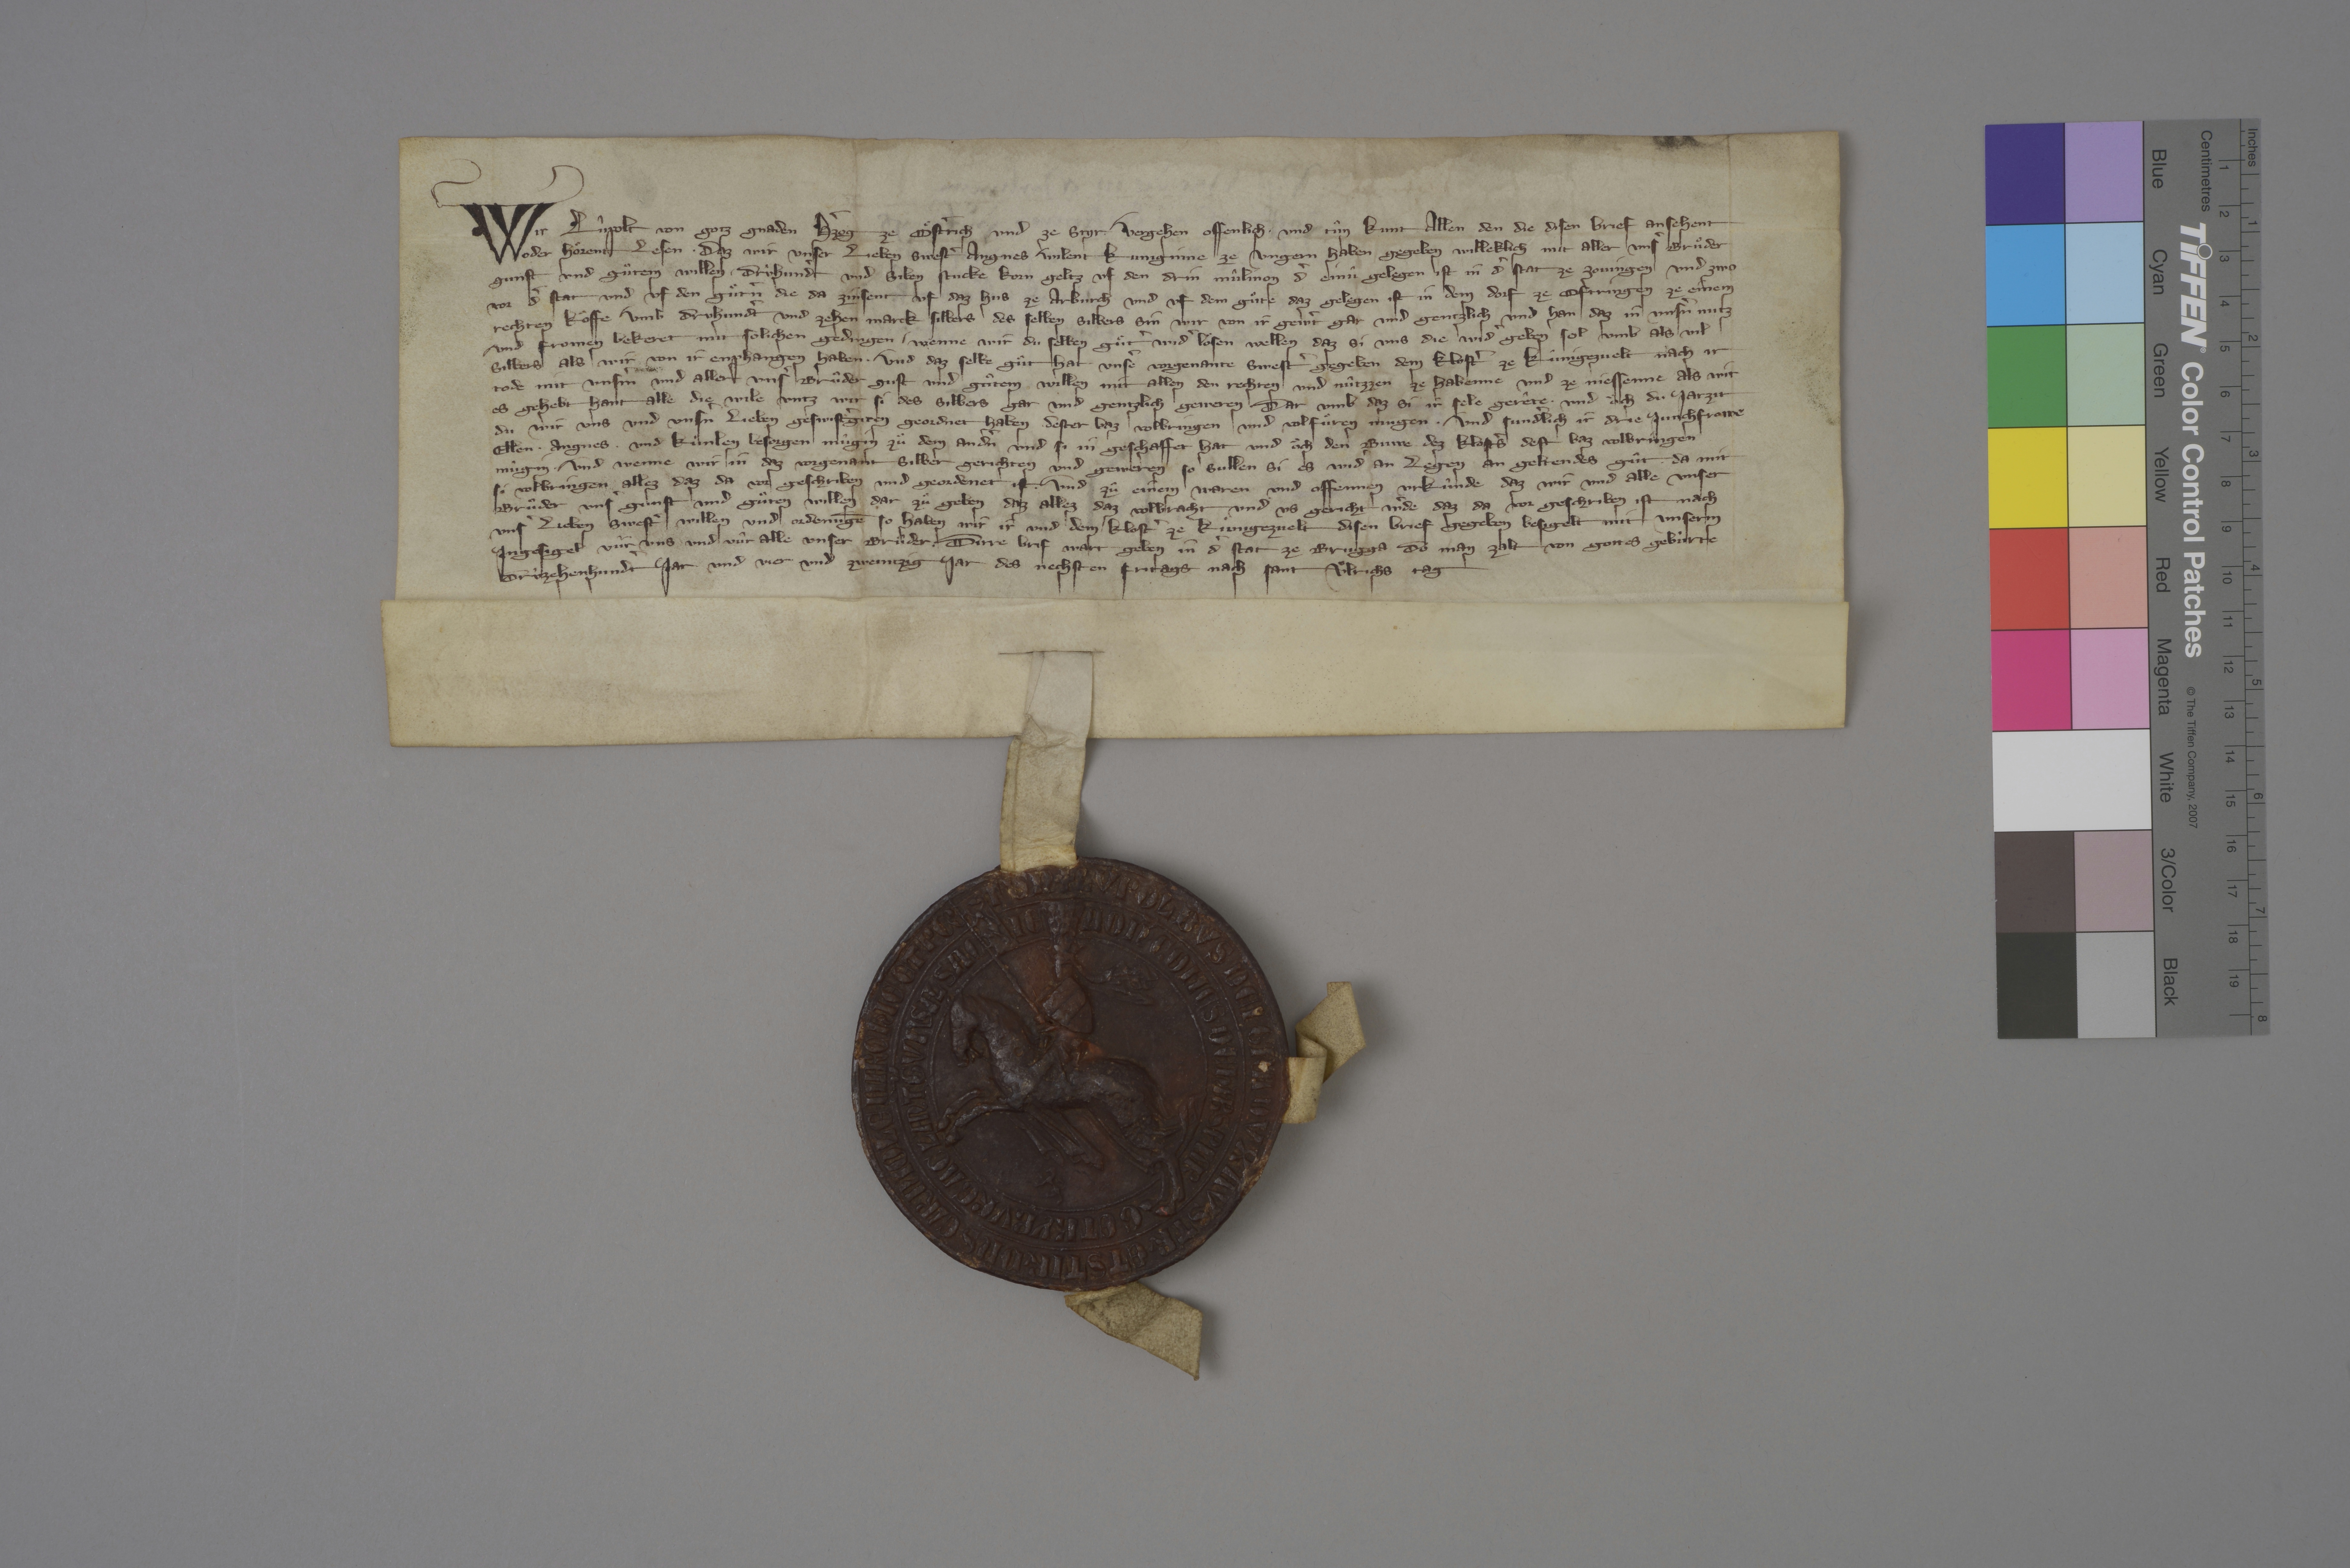
Wir, Lûpolt, von gotz gnaden hˀzog ze Oͤstˀrich und ze Styr, ✳ vergehen offenlich und tûn kunt allen den, die disen brief ansehent
oder hoͤrent lesen, ✳ daz wir unser lieben swestˀ Angnes, wilent kuniginne ze Ungern, haben gegeben willeklich mit aller unsˀ bruͦder
gunst und guͦten willen ✳ drùhundˀt und siben stucke korn geltz uf den drin mûlinon, dˀ einù gelegen ist in dˀ stat ze Zovingen und zwo
vor dˀ stat, und uf den guͦtˀn, die da zinsent uf daz hus ze Arburch und uf dem guͦte, daz gelegen ist in dem dorf ze Oftringen, ze einem
rechten koͧffe umb druhundˀt und zehen marck silbers. des selben silbers sin wir von ir gewˀt gar und gentzlich und han daz in unsˀn nutz
und fromen bekeret, mit solichen gedingen, ✳ wenne wir du selben guͤtˀ widˀ loͤsen wellen, daz si uns die widˀ geben sol umb als vil
silbers, als wir von ir enphangen haben. ✳ und daz selbe guͦt hat unseˀ vorgenante swestˀ gegeben dem klostˀ ze Kûnigezvelt nach ir
tode mit unsˀm und aller unsˀ bruͦder gust und guͦtem willen, mit allen den rechten und nûtzzen ze habenne und ze niessene, als wir
es gehebt hant, alle die wile untz wir si des silbers gar und gentzlich geweren, dar umb daz si ir sele gerête ✳ und oͧch du jarzit,
du wir uns und unsˀn lieben geswistˀgiten geordnet haben, ✳ dester baz volbringen und volfuͦren mugen, ✳ und sundˀlich ir drie junchfrowe,
Ellen, ✳ Angnes ✳ und Kùnlen, besorgen mûgin zuͦ dem andˀn und si in geschaffet hat, und oͧch den buwe dez klostˀs destˀ baz volbringen
mûgin. ✳ und wenne wir in daz vorgenant silber gerichten und geweren, so sullen si es widˀ an legen an geltendes gùt, ✳ da mit
si volbringen allez daz da vor geschriben und geordenet ist. ✳ und zû einem waren und offennen urkùnde, daz wir und alle unser
bruͦder unsˀ gunst und guͦten willen dar zuͦ geben, daz allez daz volbracht und us gericht wˀde, daz da vor geschriben ist, nach
unsˀ lieben swestˀ willen und ordenūge, so haben wir ir und dem klostˀ ze Kûnigezvelt disen brief gegeben, besigelt mit unserm
ingesigel, vûr uns und vûr alle unser bruͦder. ✳ dirre brif wart gegeben in dˀ stat ze Brugga, do man zalt von gottes gebùrte
drùzehenhundˀt jar und vier und zweintzig jar, des nechsten fritags nach sant Uͦlrichs tag.